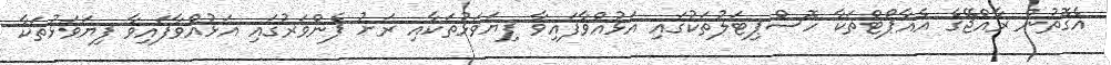
އެގޮތުން ރާއްޖޭގެ އެއާޕޯޓްތަކާ ހޮސްޕިޓަލުތަކުގައި އަޅުއްވާފައިވާ ފިޔަވަޅުތަކާއި ރަށު ފެންވަރުގައި އަޅުއްވާފައިވާ ފިޔަވަޅުތަކާ